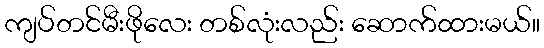
ကျပ်တင်မီးဖိုလေး တစ်လုံးလည်း ဆောက်ထားမယ်။